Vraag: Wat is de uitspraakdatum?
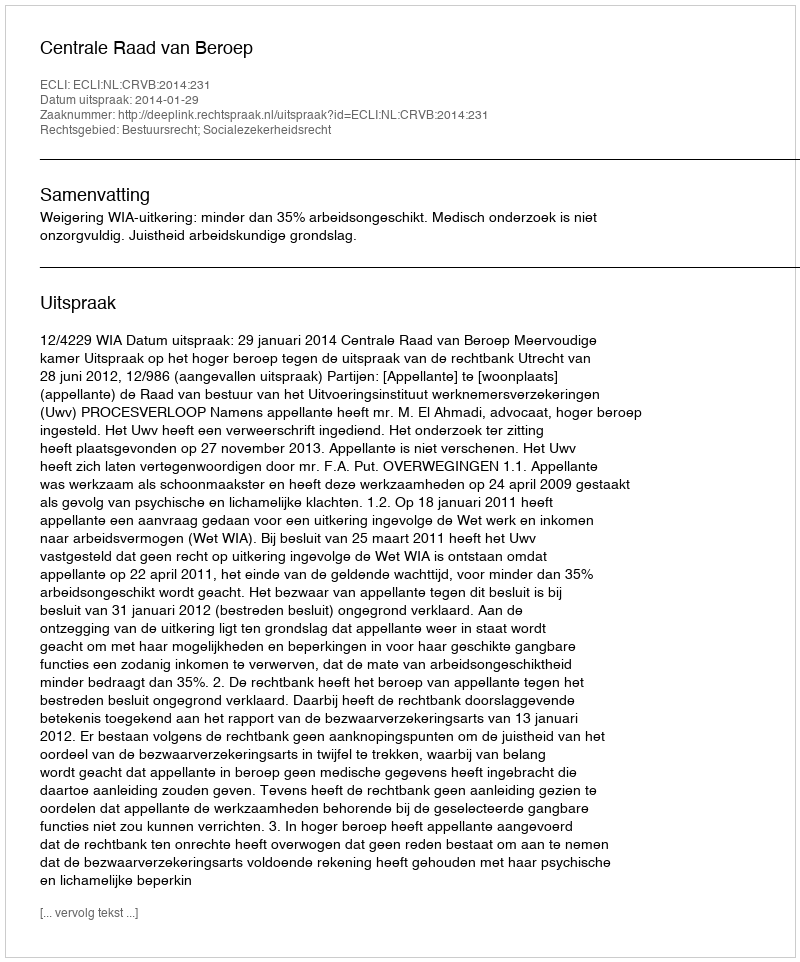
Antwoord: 2014-01-29